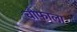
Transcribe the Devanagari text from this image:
चौफाला